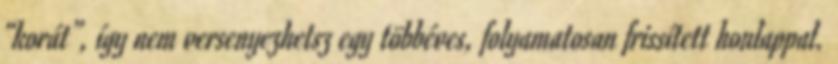
“korát”, így nem versenyezhetsz egy többéves, folyamatosan frissített honlappal.